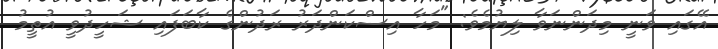
އޭގައި ވަނީ މިދަންނަވާ ލިޔުމެވެ: "މަހާ އިސްކަންދަރު ރަދުންގެ ކާބަފައި ޝަހީދުވީ އުތީމު